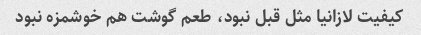
کیفیت لازانیا مثل قبل نبود، طعم گوشت هم خوشمزه نبود